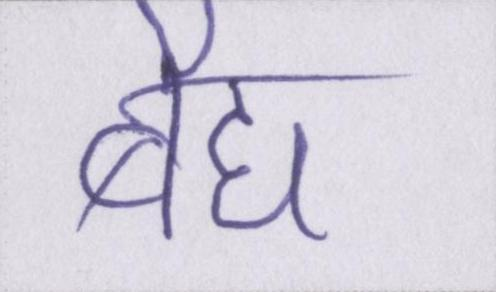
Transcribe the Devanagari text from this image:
बैद्य